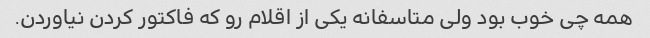
همه چی خوب بود ولی متاسفانه یکی از اقلام رو که فاکتور کردن نیاوردن.